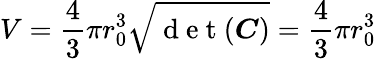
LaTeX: V=\frac{4}{3}\pi r_{0}^{3}\sqrt{\mathrm{~d~e~t~}(\boldsymbol{C})}=\frac{4}{3}\pi r_{0}^{3}